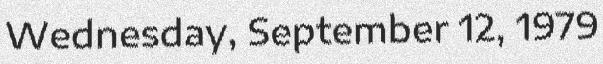
Wednesday, September 12, 1979